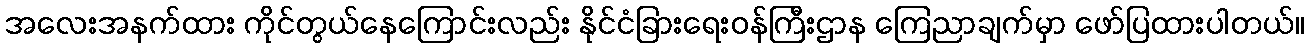
အလေးအနက်ထား ကိုင်တွယ်နေကြောင်းလည်း နိုင်ငံခြားရေးဝန်ကြီးဌာန ကြေညာချက်မှာ ဖော်ပြထားပါတယ်။